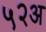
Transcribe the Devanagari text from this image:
५२अ